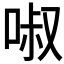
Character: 𠴫